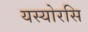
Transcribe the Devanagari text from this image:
यस्योरसि